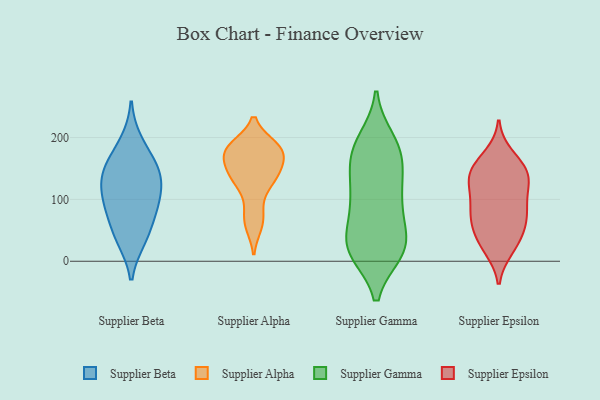
{"axis": {"x": "Tickets Resolved", "y": "Value"}, "legend": ["Supplier Alpha", "Supplier Beta", "Supplier Epsilon", "Supplier Gamma"], "data": [{"x": "", "y": 139, "type": "Supplier Beta"}, {"x": "", "y": 193, "type": "Supplier Beta"}, {"x": "", "y": 154, "type": "Supplier Beta"}, {"x": "", "y": 39, "type": "Supplier Beta"}, {"x": "", "y": 113, "type": "Supplier Beta"}, {"x": "", "y": 132, "type": "Supplier Beta"}, {"x": "", "y": 96, "type": "Supplier Beta"}, {"x": "", "y": 90, "type": "Supplier Beta"}, {"x": "", "y": 73, "type": "Supplier Beta"}, {"x": "", "y": 36, "type": "Supplier Beta"}, {"x": "", "y": 157, "type": "Supplier Beta"}, {"x": "", "y": 138, "type": "Supplier Alpha"}, {"x": "", "y": 180, "type": "Supplier Alpha"}, {"x": "", "y": 177, "type": "Supplier Alpha"}, {"x": "", "y": 183, "type": "Supplier Alpha"}, {"x": "", "y": 123, "type": "Supplier Alpha"}, {"x": "", "y": 84, "type": "Supplier Alpha"}, {"x": "", "y": 136, "type": "Supplier Alpha"}, {"x": "", "y": 185, "type": "Supplier Alpha"}, {"x": "", "y": 182, "type": "Supplier Alpha"}, {"x": "", "y": 59, "type": "Supplier Alpha"}, {"x": "", "y": 132, "type": "Supplier Alpha"}, {"x": "", "y": 63, "type": "Supplier Alpha"}, {"x": "", "y": 171, "type": "Supplier Alpha"}, {"x": "", "y": 146, "type": "Supplier Alpha"}, {"x": "", "y": 181, "type": "Supplier Alpha"}, {"x": "", "y": 153, "type": "Supplier Alpha"}, {"x": "", "y": 144, "type": "Supplier Gamma"}, {"x": "", "y": 79, "type": "Supplier Gamma"}, {"x": "", "y": 30, "type": "Supplier Gamma"}, {"x": "", "y": 26, "type": "Supplier Gamma"}, {"x": "", "y": 135, "type": "Supplier Gamma"}, {"x": "", "y": 21, "type": "Supplier Gamma"}, {"x": "", "y": 139, "type": "Supplier Gamma"}, {"x": "", "y": 196, "type": "Supplier Gamma"}, {"x": "", "y": 15, "type": "Supplier Gamma"}, {"x": "", "y": 16, "type": "Supplier Gamma"}, {"x": "", "y": 179, "type": "Supplier Gamma"}, {"x": "", "y": 91, "type": "Supplier Gamma"}, {"x": "", "y": 177, "type": "Supplier Gamma"}, {"x": "", "y": 100, "type": "Supplier Gamma"}, {"x": "", "y": 16, "type": "Supplier Gamma"}, {"x": "", "y": 98, "type": "Supplier Gamma"}, {"x": "", "y": 57, "type": "Supplier Gamma"}, {"x": "", "y": 191, "type": "Supplier Gamma"}, {"x": "", "y": 174, "type": "Supplier Gamma"}, {"x": "", "y": 20, "type": "Supplier Gamma"}, {"x": "", "y": 25, "type": "Supplier Epsilon"}, {"x": "", "y": 79, "type": "Supplier Epsilon"}, {"x": "", "y": 61, "type": "Supplier Epsilon"}, {"x": "", "y": 123, "type": "Supplier Epsilon"}, {"x": "", "y": 136, "type": "Supplier Epsilon"}, {"x": "", "y": 161, "type": "Supplier Epsilon"}, {"x": "", "y": 28, "type": "Supplier Epsilon"}, {"x": "", "y": 109, "type": "Supplier Epsilon"}, {"x": "", "y": 53, "type": "Supplier Epsilon"}, {"x": "", "y": 89, "type": "Supplier Epsilon"}, {"x": "", "y": 20, "type": "Supplier Epsilon"}, {"x": "", "y": 171, "type": "Supplier Epsilon"}, {"x": "", "y": 54, "type": "Supplier Epsilon"}, {"x": "", "y": 88, "type": "Supplier Epsilon"}, {"x": "", "y": 76, "type": "Supplier Epsilon"}, {"x": "", "y": 148, "type": "Supplier Epsilon"}, {"x": "", "y": 143, "type": "Supplier Epsilon"}, {"x": "", "y": 132, "type": "Supplier Epsilon"}, {"x": "", "y": 139, "type": "Supplier Epsilon"}]}